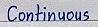
Continuous